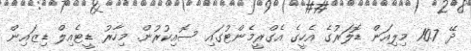
ދޭ 10.7 މިލިއަން ޑޮލަރުގެ އެހީގެ އެގްރީމެންޓުގައި ސޮއިކުރުން. މިހާރު ޑީޓެއިލް ޑިޒައިން